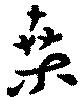
桑